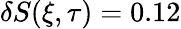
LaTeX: \delta S(\xi,\tau)=0.12